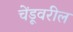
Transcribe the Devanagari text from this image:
चेंडूवरील